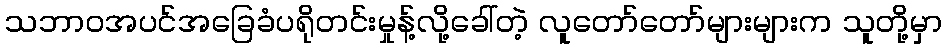
သဘာဝအပင်အခြေခံပရိုတင်းမှုန့်လို့ခေါ်တဲ့ လူတော်တော်များများက သူတို့မှာ